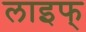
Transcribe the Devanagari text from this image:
लाइफ्